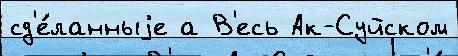
сд'е́ланныjе а В'есь Ак-Суйском